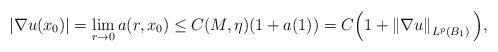
LaTeX: \begin{align*}&\left|\nabla u(x_0)\right|=\lim_{r\rightarrow 0}a(r,x_0)\le C(M,\eta)(1+a(1))=C\Big(1+\left\|\nabla u\right\|_{L^p(B_1)}\Big),\end{align*}